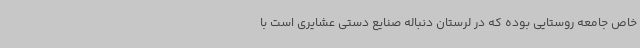
خاص جامعه روستایی بوده که در لرستان دنباله صنایع دستی عشایری است با